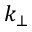
k _ { \bot }